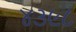
૪૩૯૮